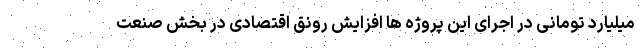
میلیارد تومانی در اجرای این پروژه ها افزایش رونق اقتصادی در بخش صنعت